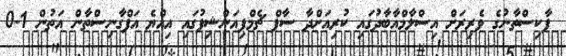
ޕާކިސްތާނުގެ ވެރިރަށް އިސްލާމްއާބާދުގައި ކުރިއަށްދާ ސާފް ޗެމްޕިއަންޝިޕުގައި އިއްޔެ އަފްގާނިސްތާން އަތުން 1-0